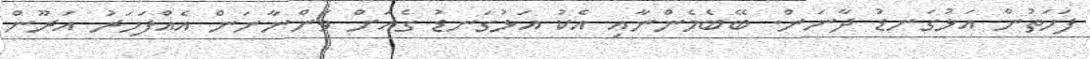
ފަހަތުން އަޅުގަނޑު ދާނަން. ބޭބެމެންނާއި އެކު އަޅުގަނޑު ގެއަށް ވަންނާނަން އެއްފަހަރު އަރޫން